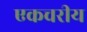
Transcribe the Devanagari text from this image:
एकचरीय